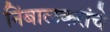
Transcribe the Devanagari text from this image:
निंबाळकरांचे